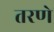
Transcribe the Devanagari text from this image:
तरणे